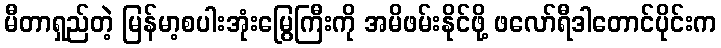
မီတာရှည်တဲ့ မြန်မာ့စပါးအုံးမြွေကြီးကို အမိဖမ်းနိုင်ဖို့ ဖလော်ရီဒါတောင်ပိုင်းက